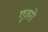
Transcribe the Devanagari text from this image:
गुज़रो